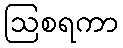
ဩစရကာ